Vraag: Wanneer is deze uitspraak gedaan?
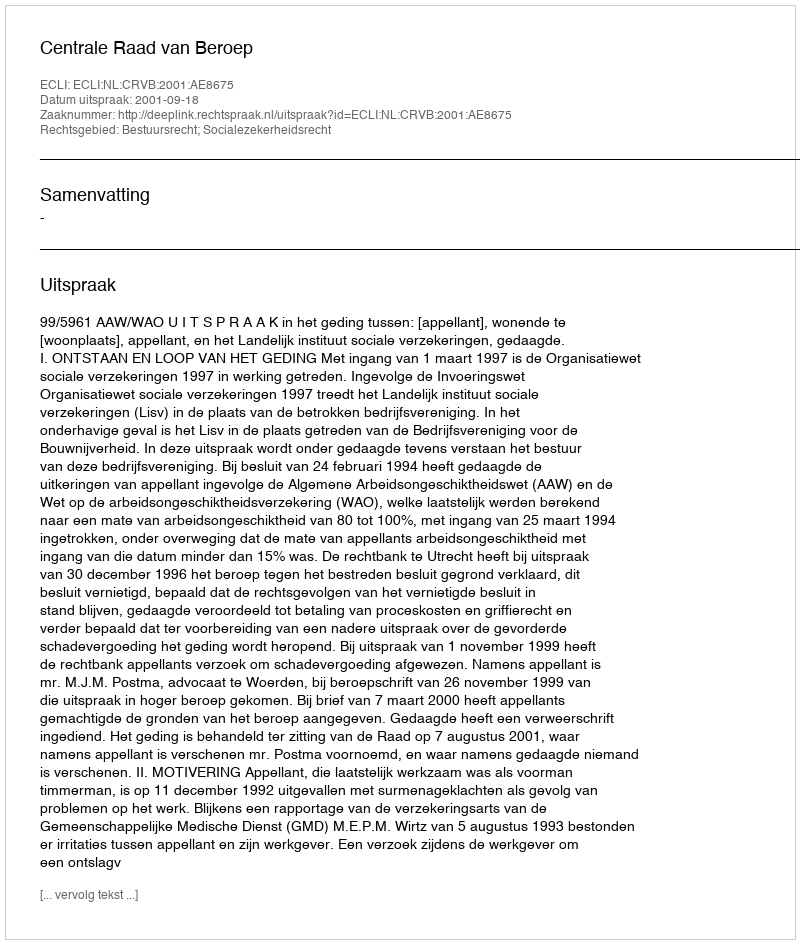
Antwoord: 2001-09-18